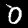
Digit: 0